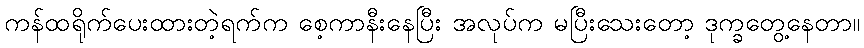
ကန်ထရိုက်ပေးထားတဲ့ရက်က စေ့ကာနီးနေပြီး အလုပ်က မပြီးသေးတော့ ဒုက္ခတွေ့နေတာ။